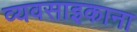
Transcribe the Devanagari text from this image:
व्यवसाइकाना